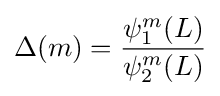
\Delta (m)={\frac {\psi _{1}^{m}(L)}{\psi _{2}^{m}(L)}}